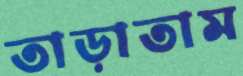
তাড়াতাম